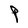
Character: P